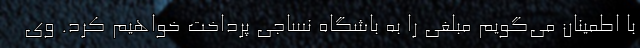
با اطمینان می‌‌‌گویم مبلغی را به باشگاه نساجی پرداخت خواهیم کرد. وی